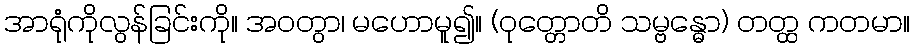
အာရုံကိုလွန်ခြင်းကို။ အဝတွာ၊ မဟောမူ၍။ (ဝုတ္တောတိ သမ္ဗန္ဓော) တတ္ထ ကတမာ။